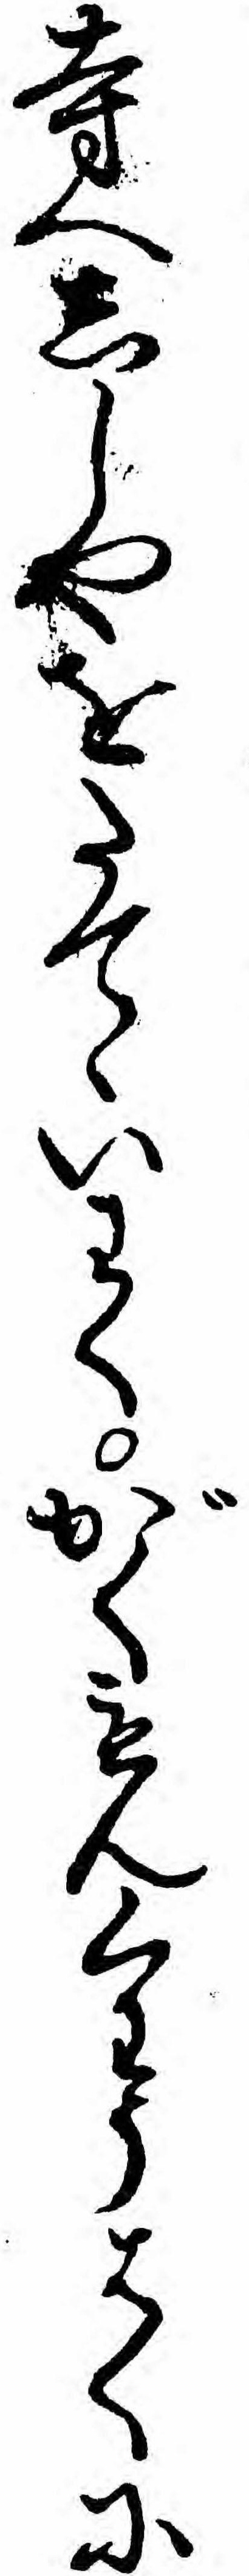
寺へししやをたてゝいわくがくもんくわうはくに